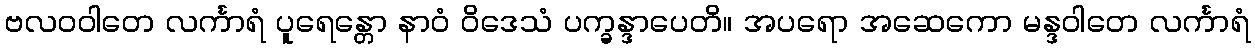
ဗလဝဝါတေ လင်္ကာရံ ပူရေန္တော နာဝံ ဝိဒေသံ ပက္ခန္ဒာပေတိ။ အပရော အဆေကော မန္ဒဝါတေ လင်္ကာရံ